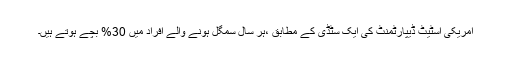
امریکی اسٹیٹ ڈیپارٹمنٹ کی ایک سٹڈی کے مطابق ،ہر سال سمگل ہونے والے افراد میں 30% بچے ہوتے ہیں۔